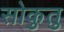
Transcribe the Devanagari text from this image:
सोकुतु